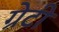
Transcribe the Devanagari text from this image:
ग्रेटी